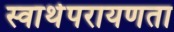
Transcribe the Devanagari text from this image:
स्वार्थपरायणता